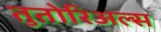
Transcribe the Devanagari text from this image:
तुतोरिअल्स